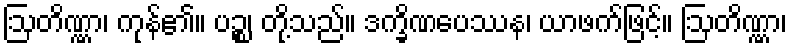
ဩတိဏ္ဏာ၊ ကုန်၏။ ပဉ္စ၊ တို့သည်။ ဒက္ခိဏပေဿန၊ ယာဖက်ဖြင့်။ ဩတိဏ္ဏာ၊